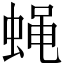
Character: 蝇